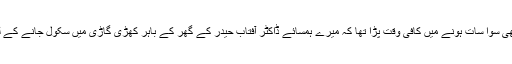
گھڑی پر نظر دوڑائی تو ابھی سوا سات ہونے میں کافی وقت پڑا تھا کہ میرے ہمسائے ڈاکٹر آفتاب حیدر کے گھر کے باہر کھڑی گاڑی میں سکول جانے کے لیے بچے سوار ہونے لگے۔